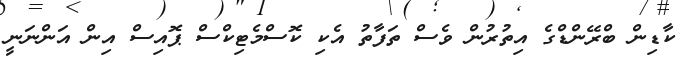
ކާޑިން ބްރޭންޑްގެ އިތުރުން ވެސް ތަފާތު އެކި ކޮސްމެޓިކްސް ޕޮއިސް އިން އަންނަނީ